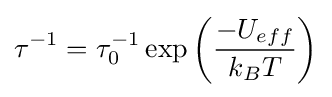
\tau ^{-1}=\tau _{0}^{-1}\exp \left({\frac {-U_{eff}}{k_{B}T}}\right)